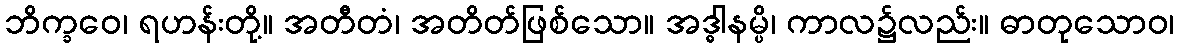
ဘိက္ခဝေ၊ ရဟန်းတို့။ အတီတံ၊ အတိတ်ဖြစ်သော။ အဒ္ဓါနမ္ပိ၊ ကာလ၌လည်း။ ဓာတုသောဝ၊